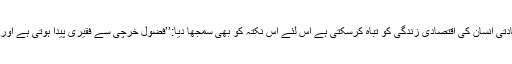
آپ کے پیش نظر یہ بھی تھا کہ خرچ میں زیادتی انسان کی اقتصادی زندگی کو تباہ کرسکتی ہے اس لئے اس نکتہ کو بھی سمجھا دیا:’’فضول خرچی سے فقیری پیدا ہوتی ہے اور میانہ روی سے مالداری وجود میں آتی ہے‘‘۔